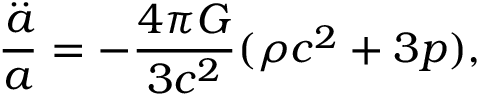
\frac { \stackrel { . . } { a } } { a } = - \frac { 4 \pi G } { 3 c ^ { 2 } } ( \rho c ^ { 2 } + 3 p ) ,